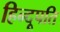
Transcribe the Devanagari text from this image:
हिन्दूपति